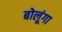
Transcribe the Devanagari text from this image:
बोलूंगा